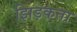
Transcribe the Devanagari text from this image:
झिड़कता